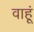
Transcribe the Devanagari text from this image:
वाहूं